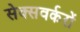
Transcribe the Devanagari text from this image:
सेक्सवर्करों